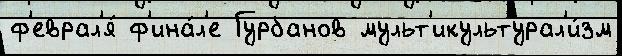
ф'еврал'я́ ф'ина́л'е Гурбанов мульт'икультурал'и́зм